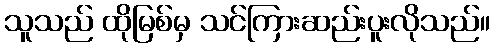
သူသည် ထိုမြစ်မှ သင်ကြားဆည်းပူးလိုသည်။